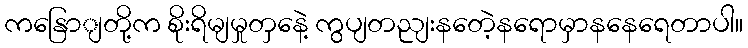
ကနြောျတို့က စိုးရိမျမှုတှနေဲ့ ကွပျတညျးနတေဲ့နရောမှာနနေရေတာပါ။